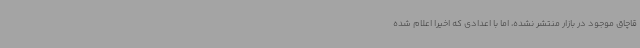
قاچاق موجود در بازار منتشر نشده، اما با اعدادی که اخیرا اعلام شده